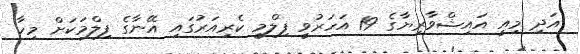
އަދި މިއީ އައިޝްވާރިޔާގެ 19 އަހަރުވީ ފިލްމީ ކެރިއަރުގައި އޭނާގެ ފިލްމަކަށް މިހާ